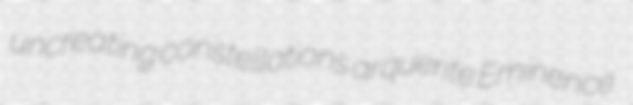
uncreating constellations arquerite Eminence